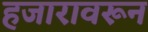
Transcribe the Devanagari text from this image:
हजारावरून